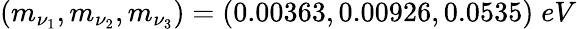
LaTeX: (m_{\nu_{1}},m_{\nu_{2}},m_{\nu_{3}})=(0.00363,0.00926,0.0535)\; eV